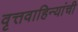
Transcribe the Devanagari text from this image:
वृत्तवाहिन्यांची